Report of the veterinary officer investigating camel disease
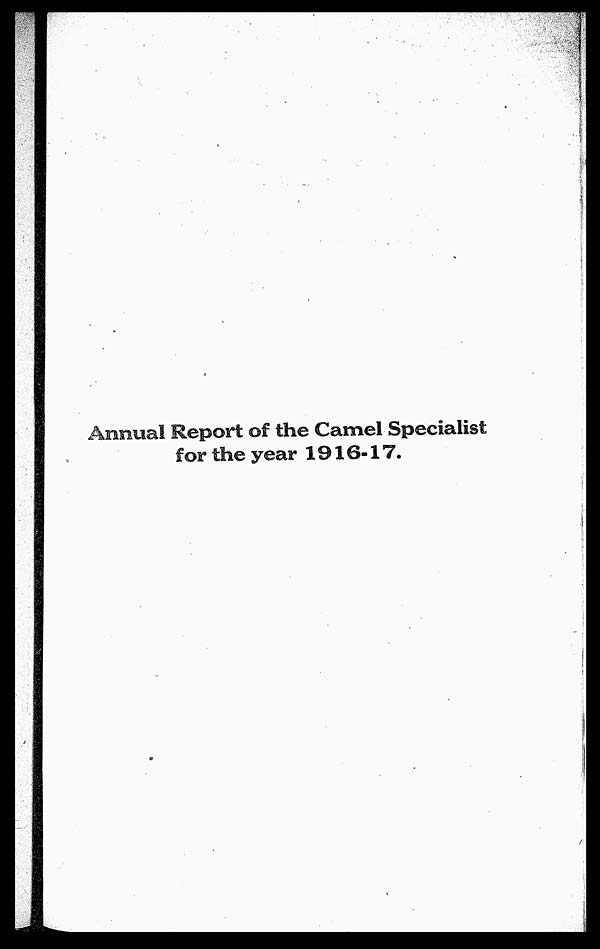
Annual Report of the Camel Specialist
for the year 1916-17.